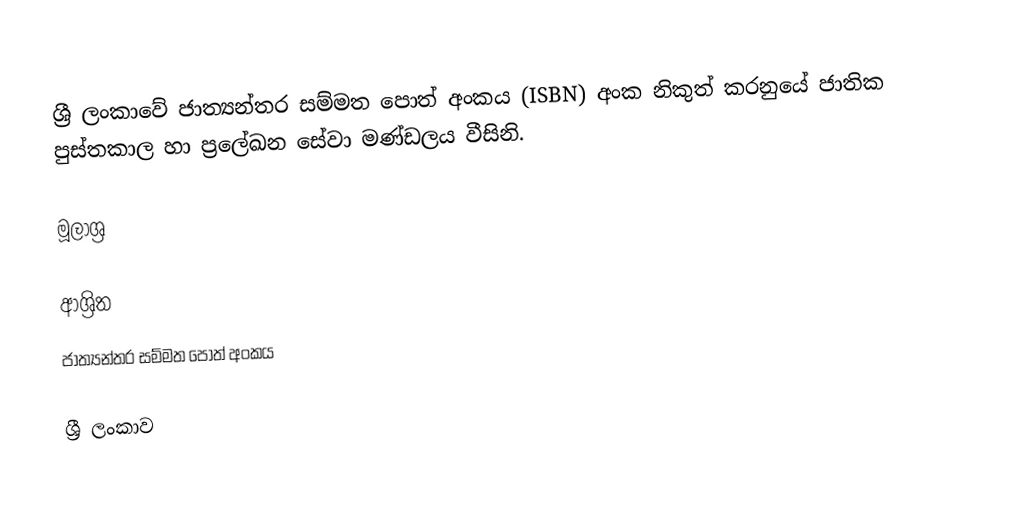
ශ්‍රී ලංකාවේ ජාත්‍යන්තර සම්මත පොත් අංකය (ISBN)  අංක නිකුත් කරනුයේ ජාතික පුස්තකාල හා ප්‍රලේඛන සේවා මණ්ඩලය වීසිනි.

මූලාශ්‍ර

ආශ්‍රිත
ජාත්‍යන්තර සම්මත පොත් අංකය

ශ්‍රී ලංකාව